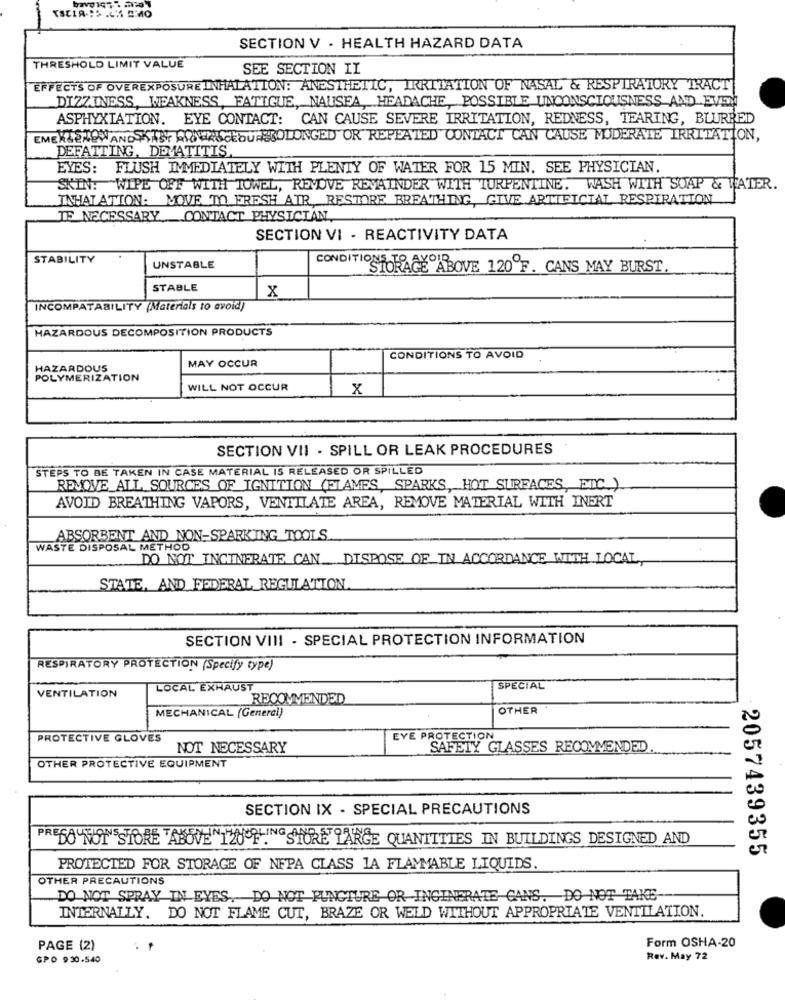
ISCIA .: S .CHI AMO
SECTION V . HEALTH HAZARD DATA
THRESHOLD LIMIT VALUE
SEE SECTION II
EFFECTS OF OVEREXPOSUREINHALATION: ANESTHETIC, IRRITATION OF NASAL & RESPIRATORY TRACT
DIZZINESS, WEAKNESS, FATIGUE, NAUSEA, HEADACHE POSSIBLE UNCONSCIOUSNESS AND EVEN
ASPHYXIATION. EYE CONTACT: CAN CAUSE SEVERE IRRITATION, REDNESS, TEARING, BLURRED
EMEKLENEWANDS SASY AINHASCESURBROLONGED OR REPEATED CONTACT CAN CAUSE MODERATE IRRITATION,
DEFATTING, DEMATITIS
EYES: FLUSH IMMEDIATELY WITH PLENTY OF WATER FOR 15 MIN. SEE PHYSICIAN.
SKIN: WIPE OFF WITH TOWEL, REMOVE REMAINDER WITH TURPENTINE. WASH WITH SOAP & WATER.
INHALATION: MOVE TO FRESH AIR, RESTORE BREATHING GIVE ARTIFICIAL RESPIRATION
IF NECESSARY_CONTACT PHYSICIAN
SECTION VI - REACTIVITY DATA
STABILITY
UNSTABLE
CONDITIONS T
GE ABOVE 120ºF. CANS MAY BURST.
STABLE
X
INCOMPATABILITY (Materials to avoid)
HAZARDOUS DECOMPOSITION PRODUCTS
MAY OCCUR
CONDITIONS TO AVOID
HAZARDOUS
POLYMERIZATION
WILL NOT OCCUR
x
SECTION VII - SPILL OR LEAK PROCEDURES
STEPS TO BE TAKEN IN CASE MATERIAL IS RELEASED OR SPILLED
REMOVE ALL SOURCES OF IGNITION (FLAMES, SPARKS, HOT SURFACES, ETC.)
AVOID BREATHING VAPORS, VENTILATE AREA, REMOVE MATERIAL WITH INERT
ABSORBENT AND NON-SPARKING TOOLS
WASTE DISPOSAL METHOD
DO NOT INCINERATE CAN. DISPOSE OF IN ACCORDANCE WITH LOCAL,
STATE, AND FEDERAL REGULATION
SECTION VIII - SPECIAL PROTECTION INFORMATION
RESPIRATORY PROTECTION (Specify type)
LOCAL EXHAUST
SPECIAL
VENTILATION
RECOMMENDED
MECHANICAL (General)
OTHER
PROTECTIVE GLOVES
EYE PROTECTION
NOT NECESSARY
SAFETY GLASSES RECOMMENDED
OTHER PROTECTIVE EQUIPMENT
SECTION IX - SPECIAL PRECAUTIONS
PREGO NOT" SSTORE "ABOVE TOOFINSTORE LARGE QUANTITIES IN BUILDINGS DESIGNED AND
2057439355
PROTECTED FOR STORAGE OF NFPA CLASS 1A FLAMMABLE LIQUIDS.
OTHER PRECAUTIONS
DO NOT SPRAY IN EYES. DO NOT PUNCTURE OR INGINERATE GANS. DO NOT TAKE
INTERNALLY. DO NOT FLAME CUT, BRAZE OR WELD WITHOUT APPROPRIATE VENTILATION.
Form OSHA-20
PAGE (2)
GPO 930.540
Rev. May 72